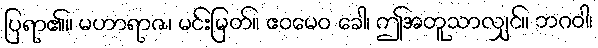
ပြရာ၏။ မဟာရာဇ၊ မင်းမြတ်။ ဧဝမေဝ ခေါ၊ ဤအတူသာလျှင်။ ဘဂဝါ၊